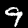
Label: 9